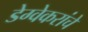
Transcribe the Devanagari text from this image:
डेग्वेकरांचे